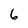
Character: 6